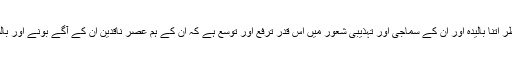
ان کا مذاق فکر و نظر اتنا بالیدہ اور ان کے سماجی اور تہذیبی شعور میں اس قدر ترفع اور توسع ہے کہ ان کے ہم عصر ناقدین ان کے آگے بونے اور بالشتیے نظر آتے ہیں۔